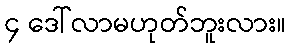
၄ ဒေါ်လာမဟုတ်ဘူးလား။